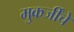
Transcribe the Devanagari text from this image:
मुकर्जींचे